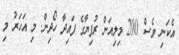
އެކަނި ވެސް 200 މިލިއަން ރުފިޔާގެ ފައިދާ ހޯދިން. މި އަހަރު މި